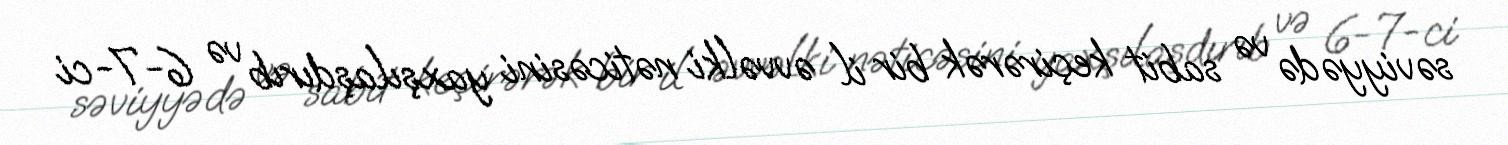
səviyyədə və sabit keçirərək bir il əvvəlki nəticəsini yaxşılaşdırıb və 6-7-ci